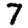
Digit: 7